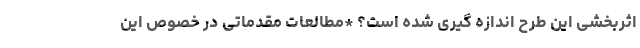
اثربخشی این طرح اندازه گیری شده است؟ *مطالعات مقدماتی در خصوص این